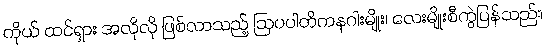
ကိုယ် ထင်ရှား အလိုလို ဖြစ်လာသည့် ဩပပါတိကနဂါးမျိုး၊ လေးမျိုးစီကွဲပြန်သည်။